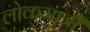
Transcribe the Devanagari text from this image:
लोकमात्री